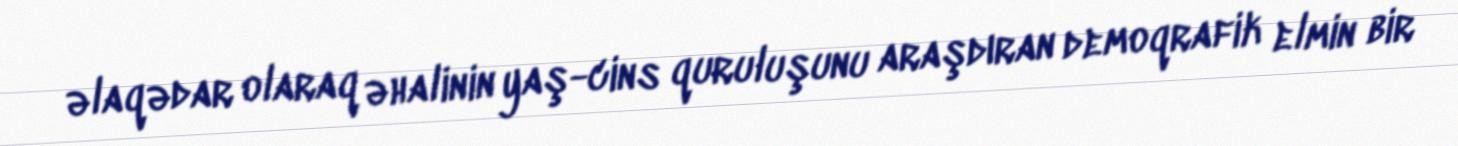
əlaqədar olaraq əhalinin yaş-cins quruluşunu araşdıran demoqrafik elmin bir